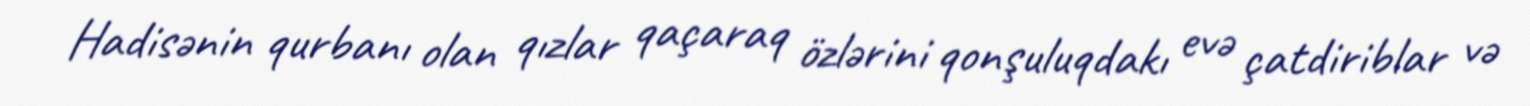
Hadisənin qurbanı olan qızlar qaçaraq özlərini qonşuluqdakı evə çatdiriblar və